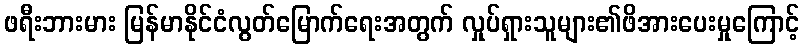
ဖရီးဘားမား မြန်မာနိုင်ငံလွတ်မြောက်ရေးအတွက် လှုပ်ရှားသူများ၏ဖိအားပေးမှုကြောင့်